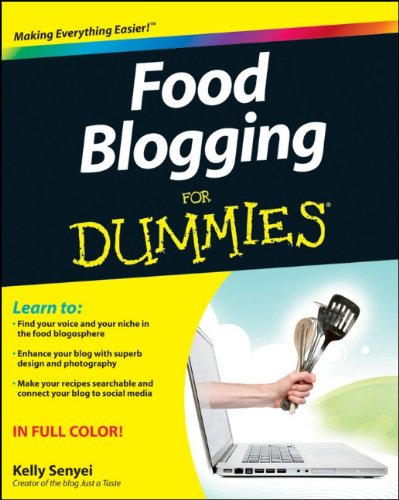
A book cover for Food Blogging For Dummies; Kelly Senyei; Computers & Technology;